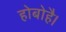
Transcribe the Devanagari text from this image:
होबोहै।